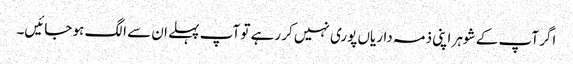
اگر آپ کے شوہر اپنی ذمہ داریاں پوری نہیں کر رہے تو آپ پہلے ان سے الگ ہو جائیں۔